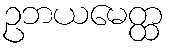
ဥဘယမေတ္ထ